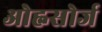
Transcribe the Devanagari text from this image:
ओह्नसोर्ज